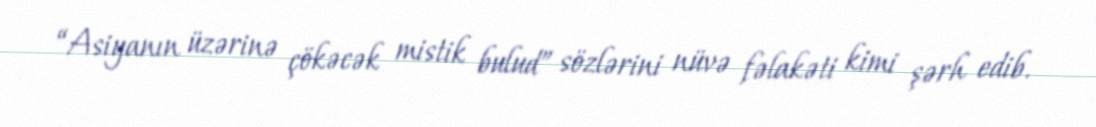
“Asiyanın üzərinə çökəcək mistik bulud” sözlərini nüvə fəlakəti kimi şərh edib.